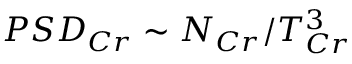
P S D _ { C r } \sim N _ { C r } / T _ { C r } ^ { 3 }